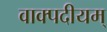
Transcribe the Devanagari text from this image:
वाक्पदीयम्‌